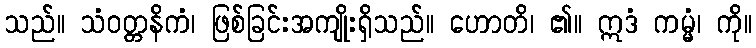
သည်။ သံဝတ္တနိကံ၊ ဖြစ်ခြင်းအကျိုးရှိသည်။ ဟောတိ၊ ၏။ ဣဒံ ကမ္မံ၊ ကို။